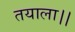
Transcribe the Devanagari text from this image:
तयाला।।